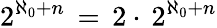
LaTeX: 2^{\aleph_{0}+n}\, =\, 2\cdot\, 2^{\aleph_{0}+n}